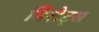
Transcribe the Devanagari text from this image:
मिलेट्स